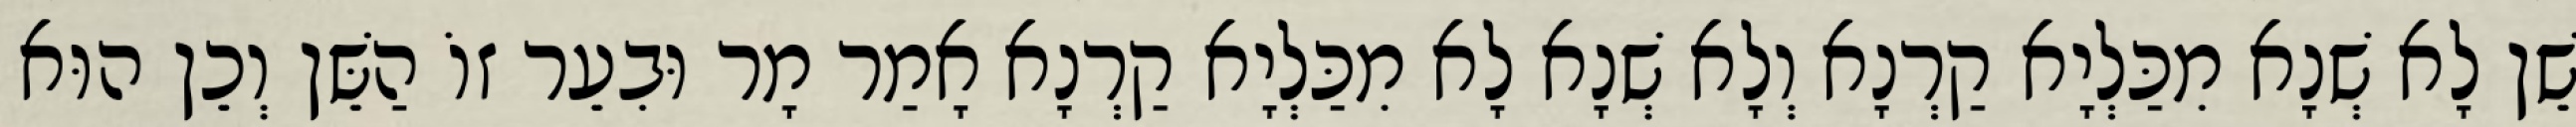
שֵׁן לָא שְׁנָא מִכַּלְיָא קַרְנָא וְלָא שְׁנָא לָא מִכַּלְיָא קַרְנָא אָמַר מָר וּבִעֵר זוֹ הַשֵּׁן וְכֵן הוּא